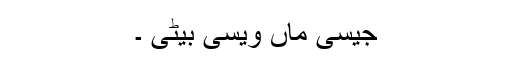
جیسی ماں ویسی بیٹی ۔